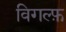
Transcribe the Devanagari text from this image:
विगल्फ़